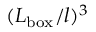
( L _ { \mathrm { b o x } } / l ) ^ { 3 }